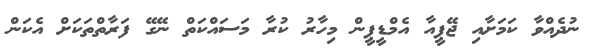
ނުދެއްވާ ކަމަށާއި ޖޭޕީއާ އެމްޑީޕީން މިހާރު ކުރާ މަސައްކަތް ނޭގޭ ފަރާތްތަކަށް އެކަން